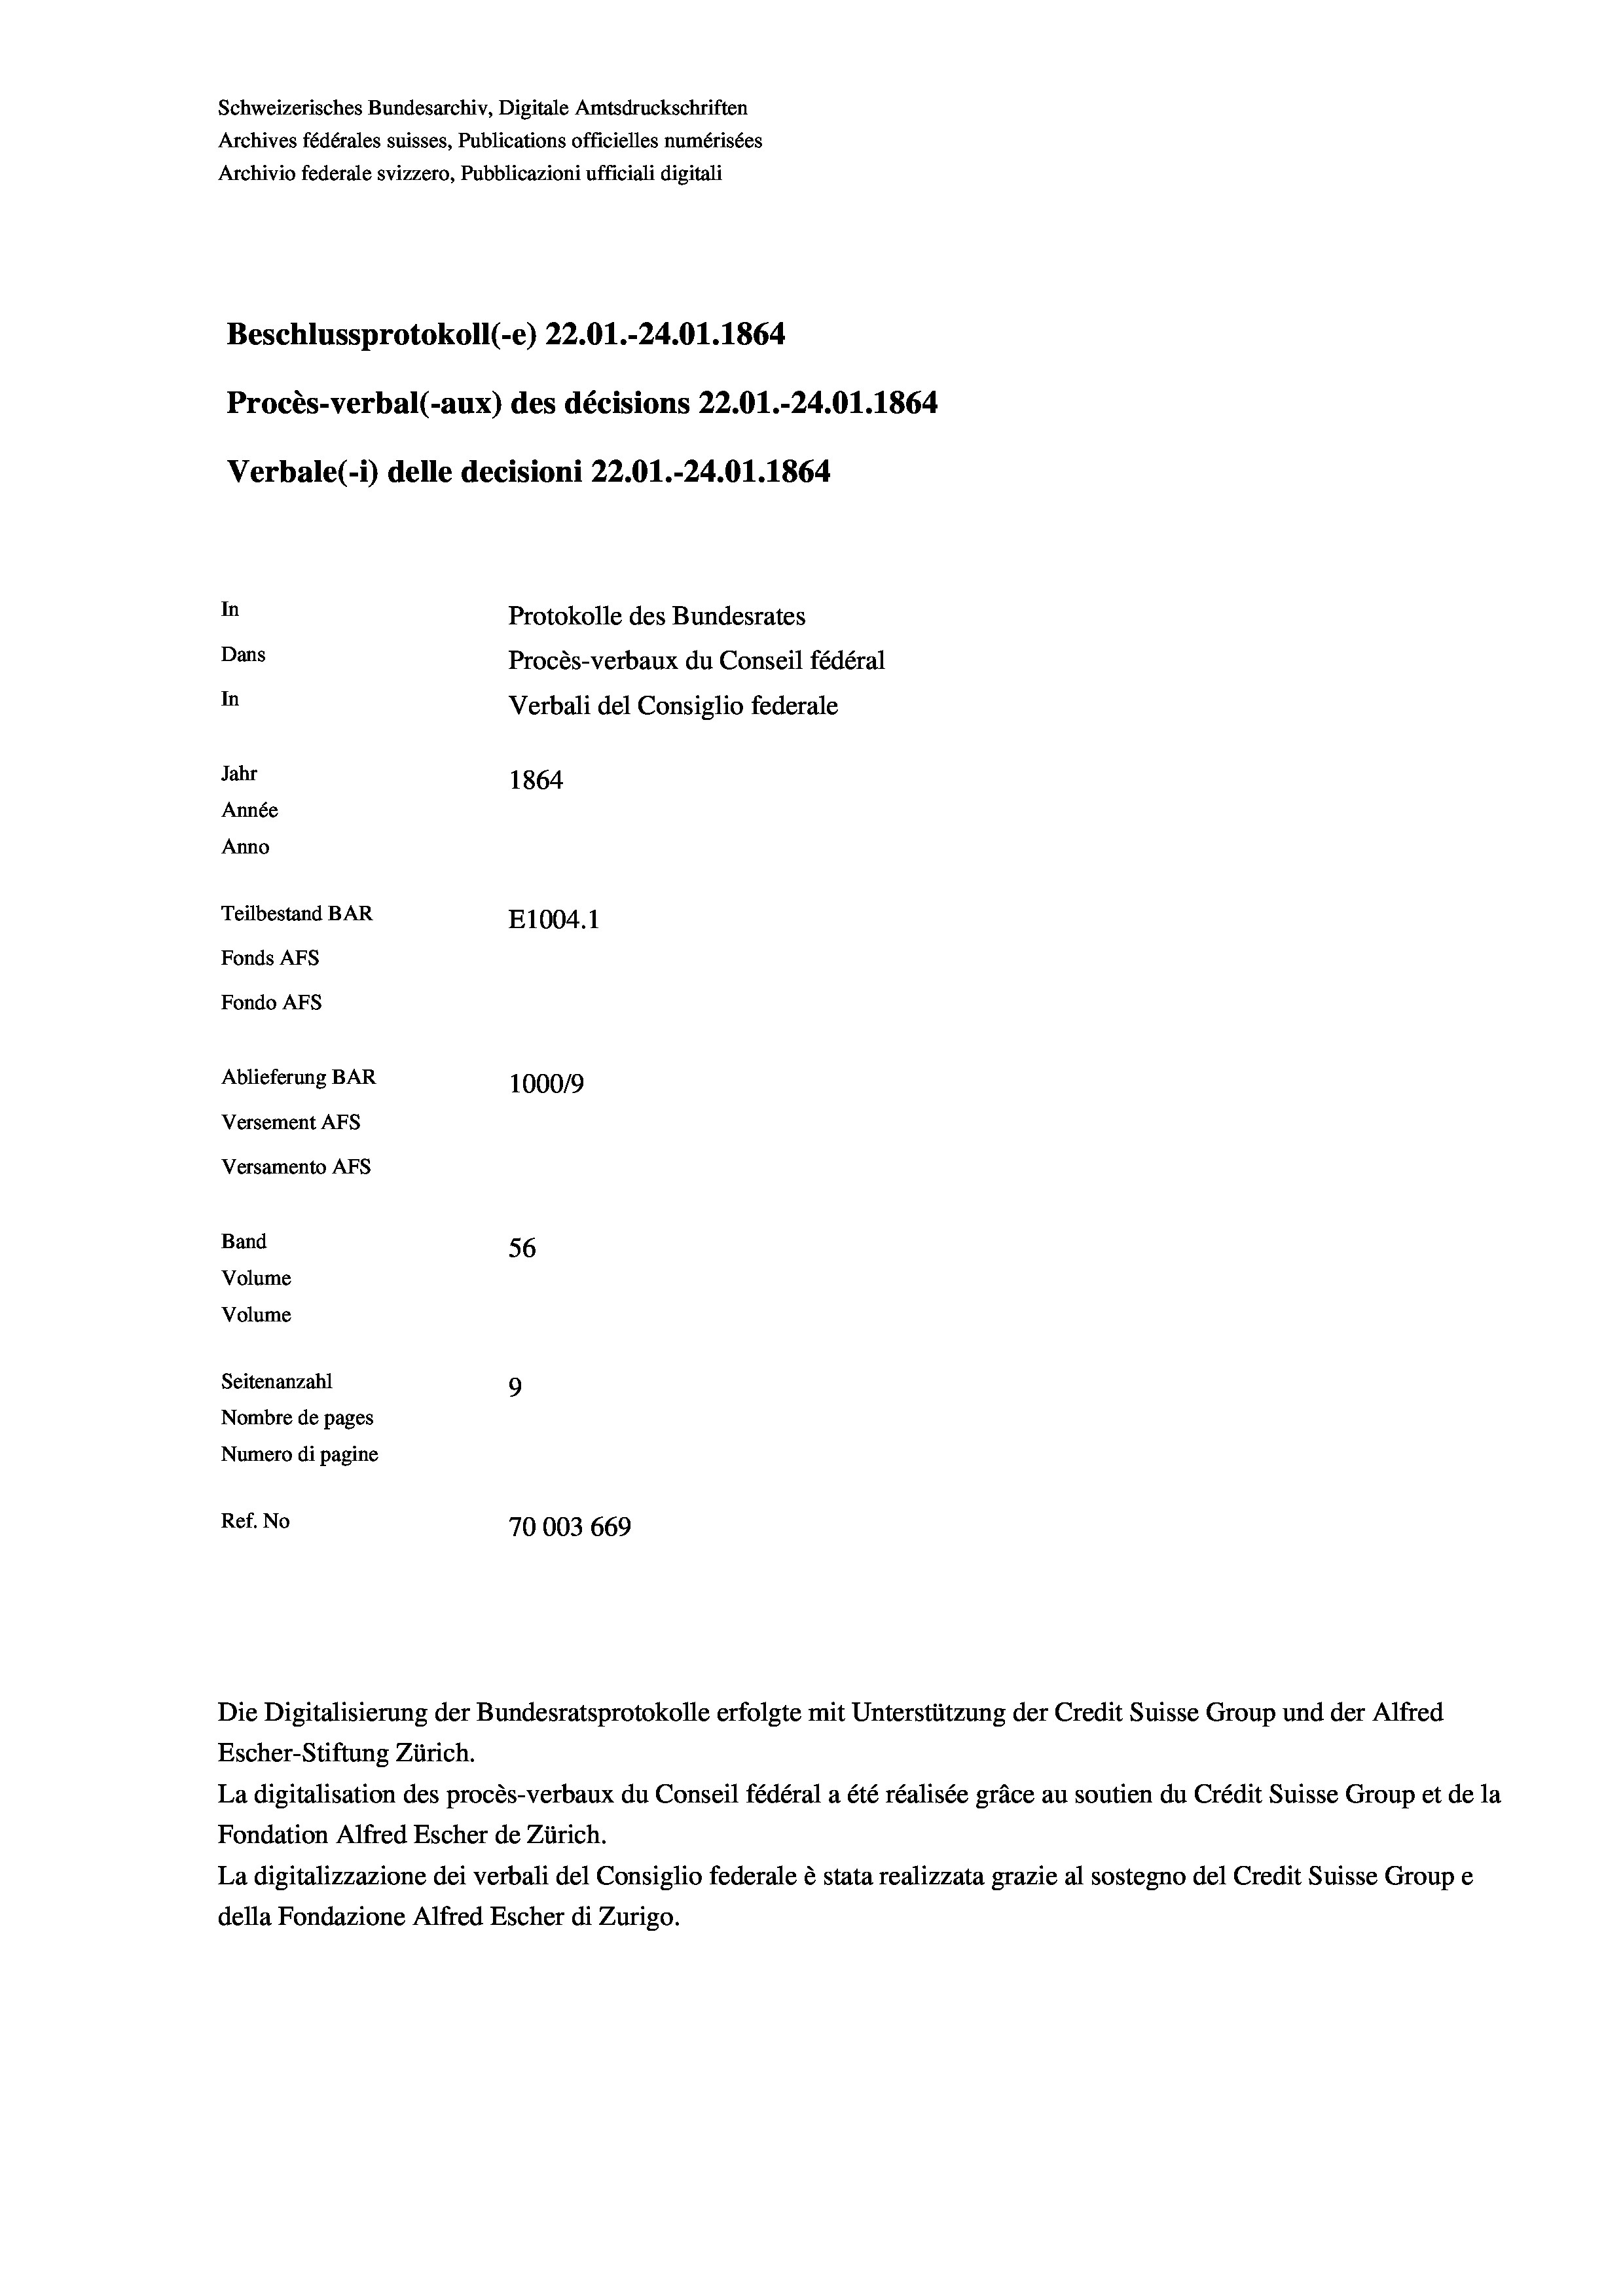
Schweizerisches Bundesarchiv, Digitale Amtsdruckschriften
Archives fédérales suisses, Publications officielles numérisées
Archivio federale svizzero, Pubblicazioni ufficiali digitali
Beschlussprotokoll (-e) 22.01.-24.01. 1864
Procès-verbal (-aux) des décisions 22.01.-24.01. 1864
Verbale (1) delle decisioni 22.01.-24.01. 1864.
In
Protokolle des Bundesrates
Dans
Procès-verbaux du Conseil fédéral
In
Verbali del Consiglio federale
Jahr
1864
Année
Anno
Teilbestand BAR
E1004.1
Fonds AFs
Fondo Afs
Ablieferung BAR
100019
Versement AFs
Versamento Afs
Band
56
Volume
Volume
Seitenanzahl
9
Nombre de pages
Numero di pagine
Ref. No
70003 669

Die Digitalisierung der Bundesratsprotokolle erfolgte mit Unterstützung der Credit Suisse Group und der Alfred
Escher-Stiftung Zürich.

La digitalisation des procès-verbaux du Conseil fédéral a été réalisée gräce au soutien du Crédit Suisse Group et de la
Fondation Alfred Escher de Zürich.
La digitalizzazione dei verbali del Consiglio federale è stata realizzata grazie al sostegno del Credit Suisse Groupe
della Fondazione Alfred Escher di Zurigo.